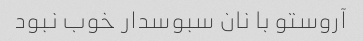
آروستو با نان سبوسدار خوب نبود